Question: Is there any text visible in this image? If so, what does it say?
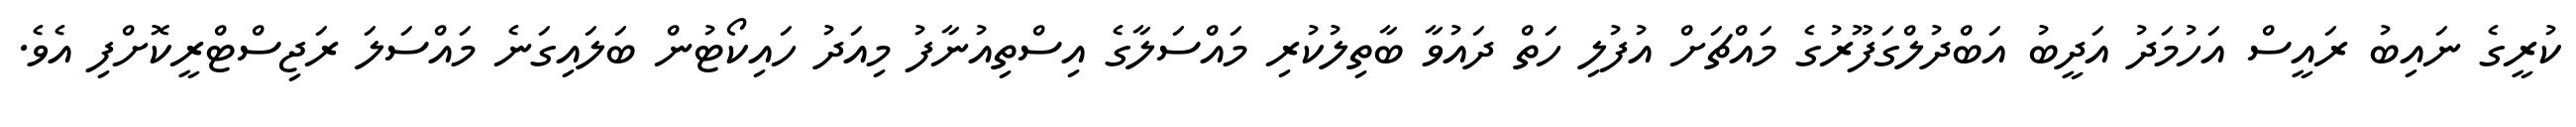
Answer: ކުރީގެ ނައިބު ރައީސް އަހުމަދު އަދީބު އަބްދުލްގަފޫރުގެ މައްޗަށް އުފުލި ހަތް ދައުވާ ބާތިލުކުރި މައްސަލާގެ އިސްތިއުނާފު މިއަދު ހައިކޯޓުން ބަލައިގަނެ މައްސަލަ ރަޖިސްޓްރީކޮށްފި އެވެ.